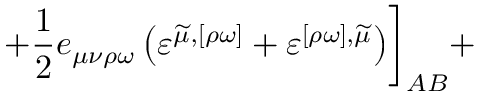
+ \frac 1 2 e _ { \mu \nu \rho \omega } \left( \varepsilon ^ { \widetilde { \mu } , [ \rho \omega ] } + \varepsilon ^ { [ \rho \omega ] , \widetilde { \mu } } \right) \biggr ] _ { A B } +